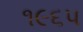
૧૯૬પ